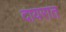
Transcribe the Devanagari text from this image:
दायरात